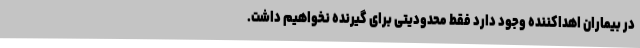
در بیماران اهداکننده وجود دارد فقط محدودیتی برای گیرنده نخواهیم داشت.